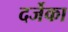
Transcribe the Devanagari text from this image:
दर्जेका